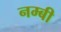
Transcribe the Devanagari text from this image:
नम्बी